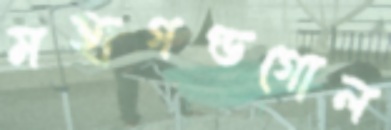
মহাগণ্ডগোল